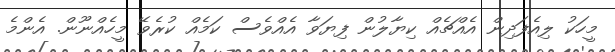
މީހަކު ލިއެފަދިން އެއްޗެއް ކިޔާލުން ފިޔަވާ އެއްވެސް ކަމެއް ކުރެވޭ މީހެއްނޫން. އެންމެ